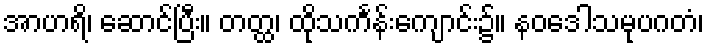
အာဟရိ၊ ဆောင်ပြီး။ တတ္ထ၊ ထိုသင်္ကန်းကျောင်း၌။ နဝဒေါသမုပဂတံ၊